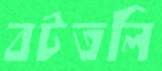
বটতলি